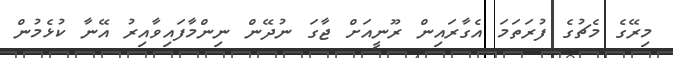
މިރޭގެ މެޗުގެ ފުރަތަމަ އެގާރައިން ރޫނީއަށް ޖާގަ ނުދޭން ނިންމާފައިވާއިރު އޭނާ ކުޅެމުން